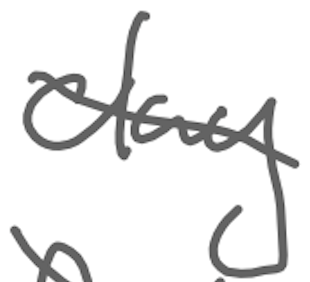
Text: clay
Cross-out: diagonal
Writing tool: digital_gray